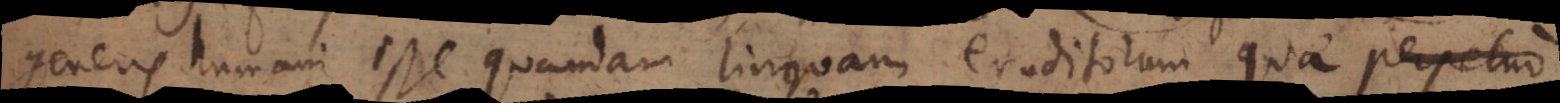
generis humani esse quandam linguam eruditorum, quae perpetuo